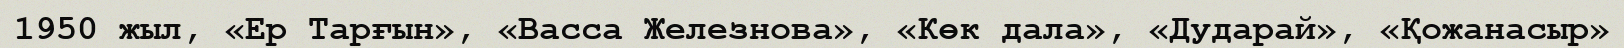
1950 жыл, «Ер Тарғын», «Васса Железнова», «Көк дала», «Дударай», «Қожанасыр»